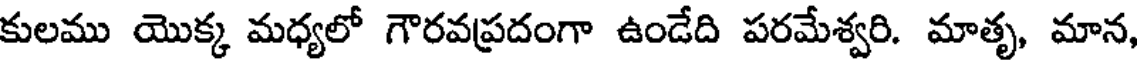
కులము యొక్క మధ్యలో గౌరవప్రదంగా ఉండేది పరమేశ్వరి. మాతృ, మాన,